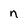
Character: n